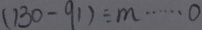
( 1 3 0 - 9 1 ) \div m \cdots 0